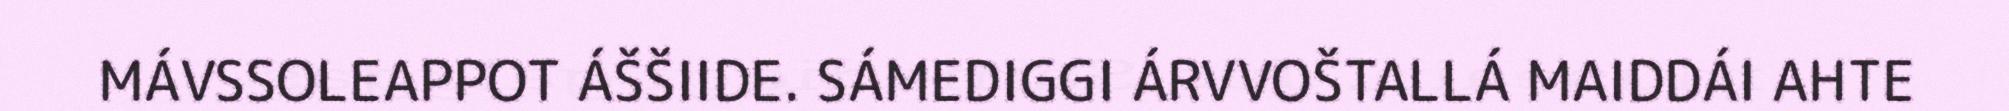
MÁVSSOLEAPPOT ÁŠŠIIDE. SÁMEDIGGI ÁRVVOŠTALLÁ MAIDDÁI AHTE